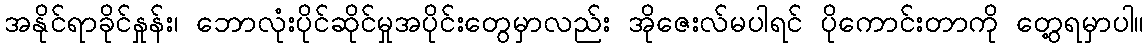
အနိုင်ရာခိုင်နှုန်း၊ ဘောလုံးပိုင်ဆိုင်မှုအပိုင်းတွေမှာလည်း အိုဇေးလ်မပါရင် ပိုကောင်းတာကို တွေ့ရမှာပါ။